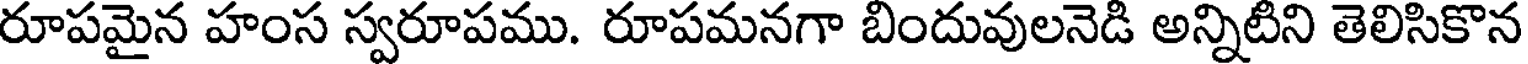
రూపమైన హంస స్వరూపము. రూపమనగా బిందువులనెడి అన్నిటిని తెలిసికొన